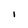
Character: l